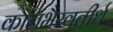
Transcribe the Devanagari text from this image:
कालभैरवतीर्थ